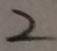
2